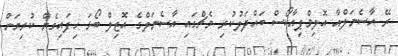
ރޭ އާސެނަލްއާ އޮލިމްޕިއާކޯސް ބައްދަލުކުރި މެޗްގައި އާސެނަލްގެ އޮޒިލް ބޯޅަ ހިފައިގެން ކުރިޔަށް